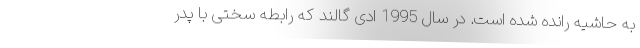
به حاشیه رانده شده است. در سال 1995 ادی گالند که رابطه سختی با پدر